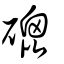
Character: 磇